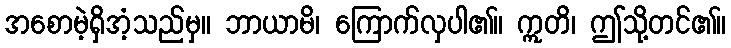
အစောမဲ့ရှိအံ့သည်မှ။ ဘာယာမိ၊ ကြောက်လှပါ၏။ ဣတိ၊ ဤသို့တင်၏။